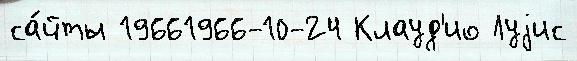
са́йты 19661966-10-24 Клауд'ио Луjис